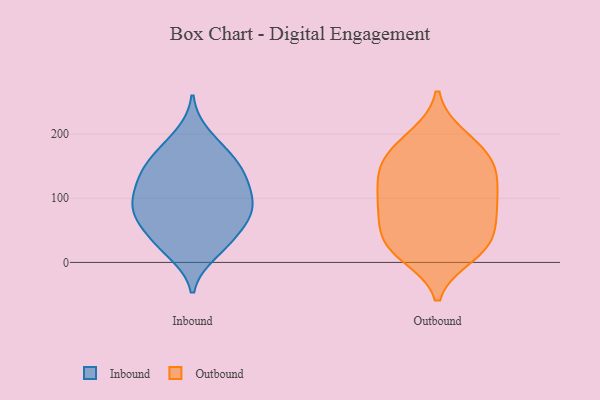
{"axis": {"x": "Net Income (USD K)", "y": "Value"}, "legend": ["Inbound", "Outbound"], "data": [{"x": "", "y": 65, "type": "Inbound"}, {"x": "", "y": 143, "type": "Inbound"}, {"x": "", "y": 79, "type": "Inbound"}, {"x": "", "y": 24, "type": "Inbound"}, {"x": "", "y": 145, "type": "Inbound"}, {"x": "", "y": 198, "type": "Inbound"}, {"x": "", "y": 73, "type": "Inbound"}, {"x": "", "y": 86, "type": "Inbound"}, {"x": "", "y": 170, "type": "Inbound"}, {"x": "", "y": 132, "type": "Inbound"}, {"x": "", "y": 97, "type": "Inbound"}, {"x": "", "y": 45, "type": "Inbound"}, {"x": "", "y": 78, "type": "Inbound"}, {"x": "", "y": 141, "type": "Inbound"}, {"x": "", "y": 109, "type": "Inbound"}, {"x": "", "y": 33, "type": "Inbound"}, {"x": "", "y": 173, "type": "Inbound"}, {"x": "", "y": 15, "type": "Inbound"}, {"x": "", "y": 111, "type": "Inbound"}, {"x": "", "y": 23, "type": "Outbound"}, {"x": "", "y": 149, "type": "Outbound"}, {"x": "", "y": 22, "type": "Outbound"}, {"x": "", "y": 11, "type": "Outbound"}, {"x": "", "y": 68, "type": "Outbound"}, {"x": "", "y": 21, "type": "Outbound"}, {"x": "", "y": 123, "type": "Outbound"}, {"x": "", "y": 161, "type": "Outbound"}, {"x": "", "y": 135, "type": "Outbound"}, {"x": "", "y": 82, "type": "Outbound"}, {"x": "", "y": 121, "type": "Outbound"}, {"x": "", "y": 50, "type": "Outbound"}, {"x": "", "y": 192, "type": "Outbound"}, {"x": "", "y": 169, "type": "Outbound"}, {"x": "", "y": 157, "type": "Outbound"}, {"x": "", "y": 96, "type": "Outbound"}, {"x": "", "y": 196, "type": "Outbound"}, {"x": "", "y": 32, "type": "Outbound"}, {"x": "", "y": 78, "type": "Outbound"}, {"x": "", "y": 94, "type": "Outbound"}]}